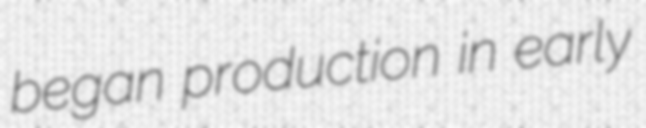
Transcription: began production in early